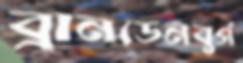
ব্রানডেনবুর্গ